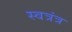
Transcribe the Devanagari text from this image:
स्वत्रंत्र